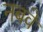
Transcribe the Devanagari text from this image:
नबवे